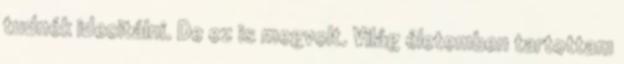
tudnék idecitálni. De ez is megvolt. Világ életemben tartottam